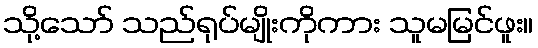
သို့သော် သည်ရုပ်မျိုးကိုကား သူမမြင်ဖူး။